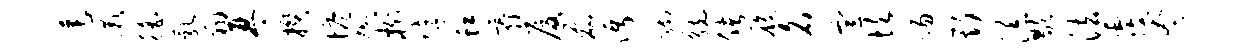
莲漉徭乳翔琴揆塔懋榭字虹霾厦磊沔蹰觥储履名宣坎踢斯添歇法覆奄